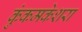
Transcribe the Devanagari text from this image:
कुंकमकेशरा